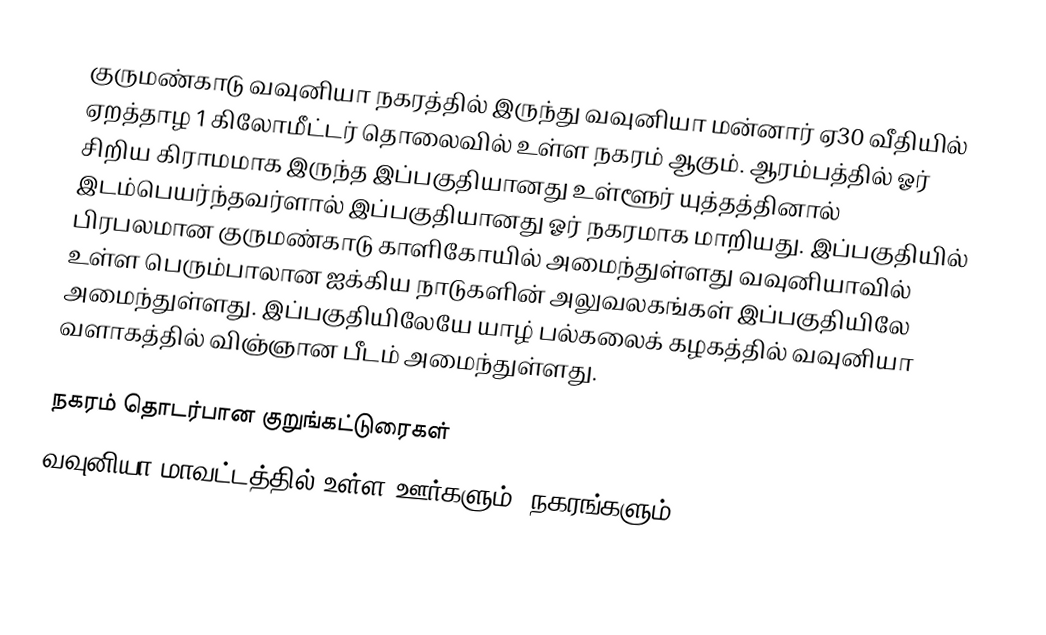
குருமண்காடு வவுனியா நகரத்தில் இருந்து வவுனியா மன்னார் ஏ30 வீதியில் ஏறத்தாழ 1 கிலோமீட்டர் தொலைவில் உள்ள நகரம் ஆகும். ஆரம்பத்தில் ஓர் சிறிய கிராமமாக இருந்த இப்பகுதியானது உள்ளூர் யுத்தத்தினால் இடம்பெயர்ந்தவர்ளால் இப்பகுதியானது ஓர் நகரமாக மாறியது. இப்பகுதியில் பிரபலமான குருமண்காடு காளிகோயில் அமைந்துள்ளது வவுனியாவில் உள்ள பெரும்பாலான ஐக்கிய நாடுகளின் அலுவலகங்கள் இப்பகுதியிலே அமைந்துள்ளது. இப்பகுதியிலேயே யாழ் பல்கலைக் கழகத்தில் வவுனியா வளாகத்தில் விஞ்ஞான பீடம் அமைந்துள்ளது.

நகரம் தொடர்பான குறுங்கட்டுரைகள்
வவுனியா மாவட்டத்தில் உள்ள ஊர்களும், நகரங்களும்